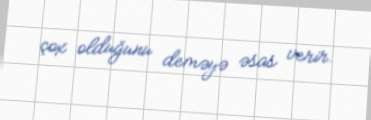
çox olduğunu deməyə əsas verir.